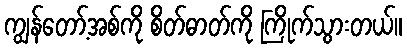
ကျွန်တော့်အစ်ကို စိတ်ဓာတ်ကို ကြိုက်သွားတယ်။